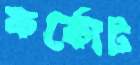
কর্কোট